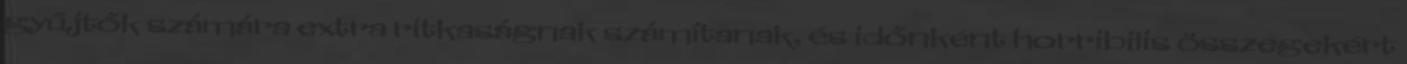
gyűjtők számára extra ritkaságnak számítanak, és időnként horribilis összegekért